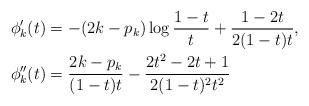
\begin{align*}\phi_k'(t) & = -(2k-p_k) \log\frac{1-t}{t} + \frac{1-2t}{2(1-t)t}, \\\phi_k''(t) & = \frac{2k-p_k}{(1-t)t} - \frac{2t^2-2t+1}{2(1-t)^2 t^2}\end{align*}